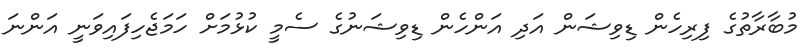
މުބާރާތުގެ ފިރިހެން ޑިވިޝަން އަދި އަންހެން ޑިވިޝަނުގެ ސެމީ ކުޅުމަށް ހަމަޖެހިފައިވަނީ އަންނަ